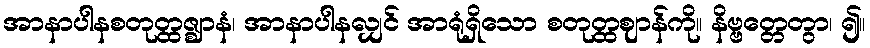
အာနာပါနစတုတ္ထဇ္ဈာနံ၊ အာနာပါနလျှင် အာရုံရှိသော စတုတ္ထဈာန်ကို။ နိဗ္ဗတ္တေတွာ၊ ၍။